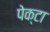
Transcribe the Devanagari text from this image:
पेक्टा